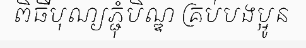
ពិធីបុណ្យភ្ជុំបិណ្ឌ គ្រប់បងប្អូន